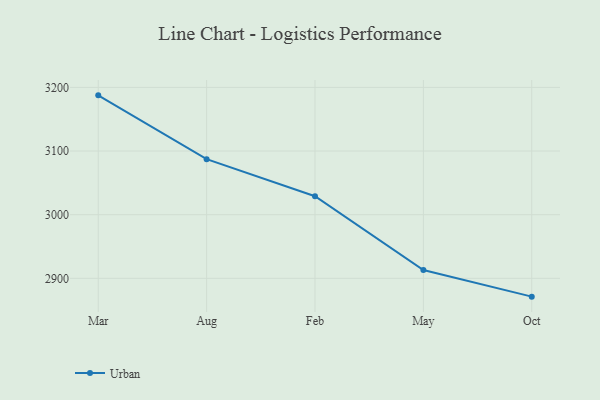
{"axis": {"x": "Month", "y": "Population (Million)"}, "legend": ["Urban"], "data": [{"x": "Mar", "y": 3187.5, "type": "Urban"}, {"x": "Aug", "y": 3087.2, "type": "Urban"}, {"x": "Feb", "y": 3029.0, "type": "Urban"}, {"x": "May", "y": 2913.0, "type": "Urban"}, {"x": "Oct", "y": 2871.2, "type": "Urban"}]}